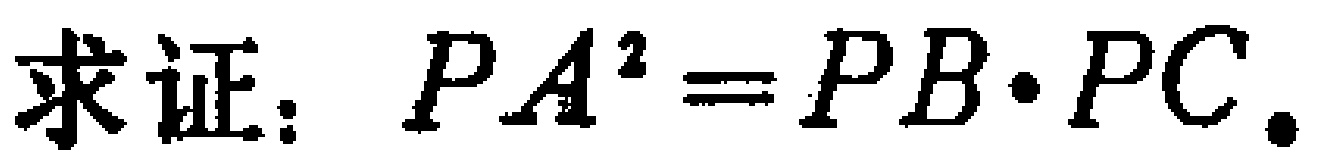
求证：\(PA^{2}=PB\cdot PC\)。